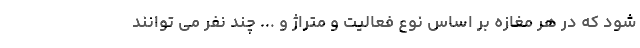
شود که در هر مغازه بر اساس نوع فعالیت و متراژ و ... چند نفر می توانند